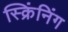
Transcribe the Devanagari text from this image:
स्क्रिंनिंग